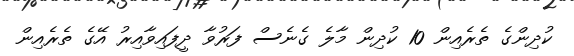
ކުދިންގެ ތެރެއިން 10 ކުދިން މާލެ ގެނެސް ފަރުވާ ދީފައިވާއިރު އޭގެ ތެރެއިން